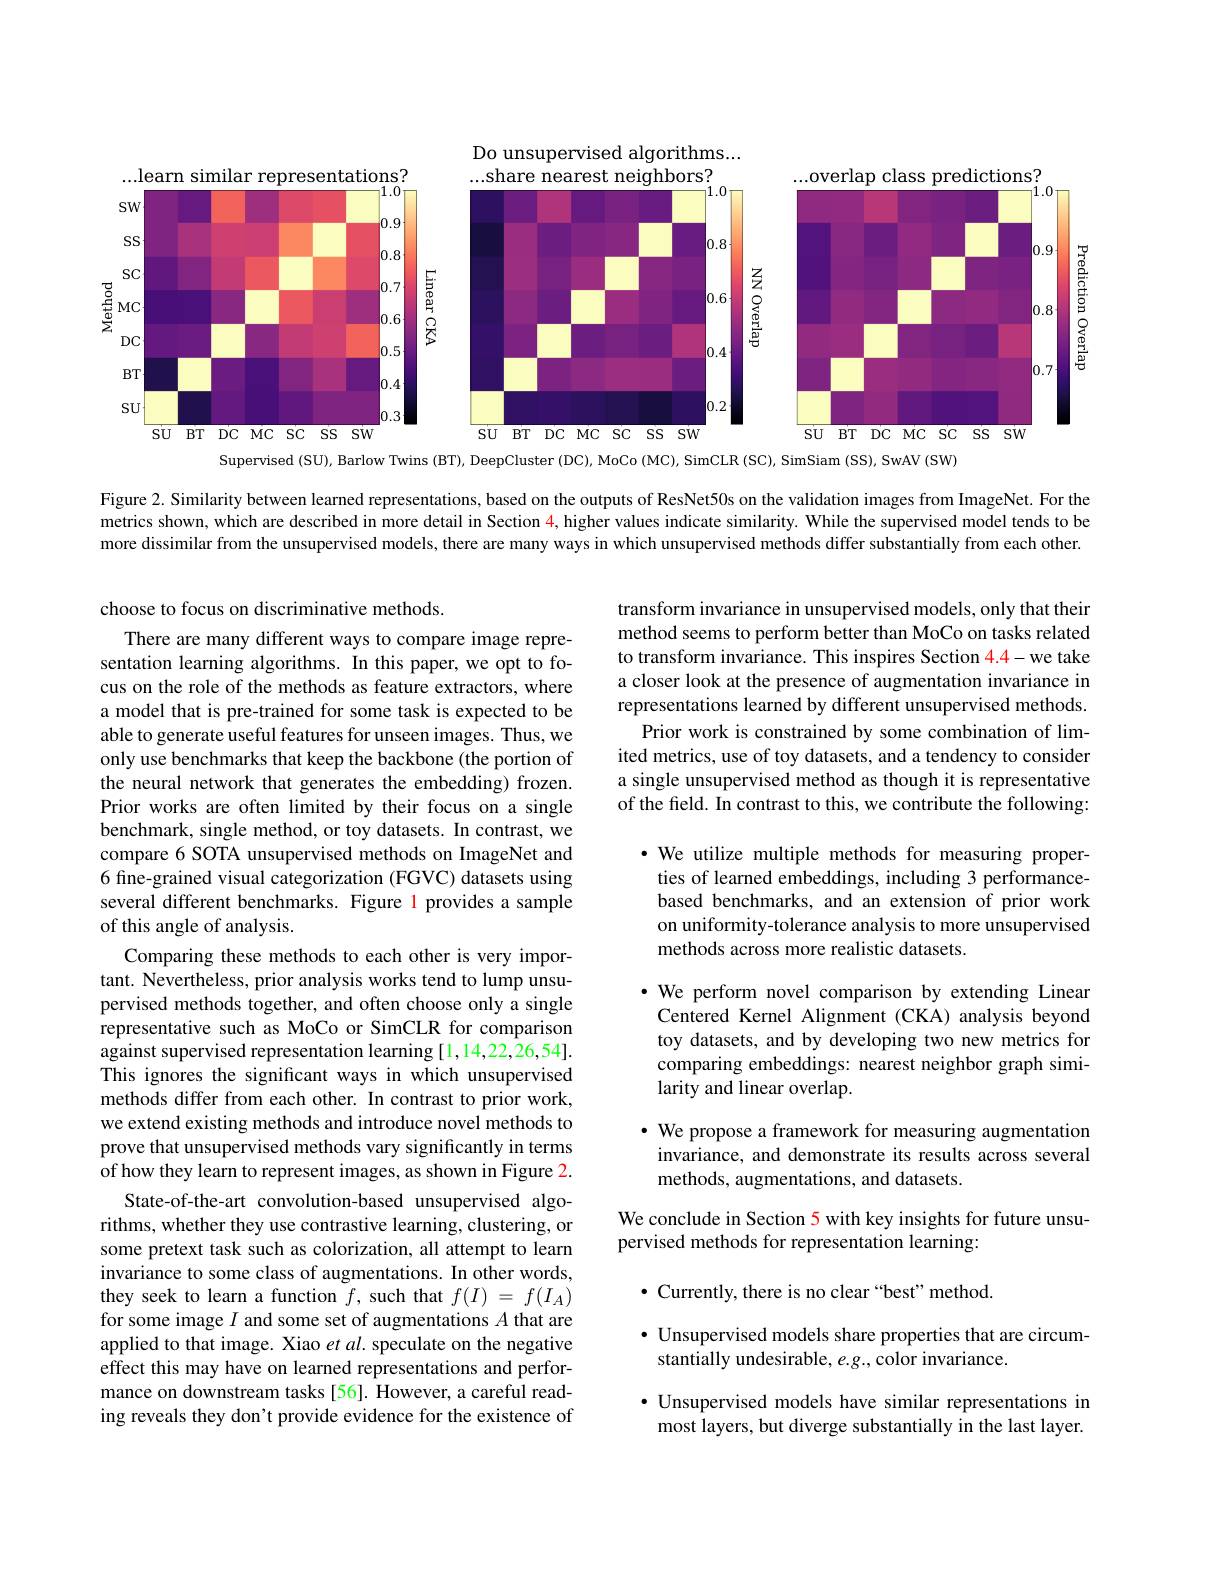
Do unsupervised algorithms...
<FigureHere>

Supervised (SU), Barlow Twins (BT), DeepCluster (DC), MoCo (MC), SimCLR (SC), SimSiam (SS), SwAV (SW)

Figure 2. Similarity between learned representations, based on the outputs of ResNet50s on the validation images from ImageNet. For the metrics shown, which are described in more detail in Section $\color{red}{4}$,higher values indicate similarity. While the supervised model tends to be more dissimilar from the unsupervised models, there are many ways in which unsupervised methods differ substantially from each other.

choose to focus on discriminative methods.
There are many different ways to compare image representation learning algorithms. In this paper, we opt to focus on the role of the methods as feature extractors, where a model that is pre-trained for some task is expected to be able to generate useful features for unseen images. Thus, we only use benchmarks that keep the backbone (the portion of the neural network that generates the embedding) frozen. Prior works are often limited by their focus on a single benchmark, single method, or toy datasets. In contrast, we compare 6 SOTA unsupervised methods on ImageNet and 6 fine-grained visual categorization (FGVC) datasets using several different benchmarks. Figure l provides a sample of this angle of analysis.
Comparing these methods to each other is very important. Nevertheless, prior analysis works tend to lump unsupervised methods together, and often choose only a single representative such as MoCo or SimCLR for comparison against supervised representation learning [1,14,22,26,54]. This ignores the significant ways in which unsupervised methods differ from each other. In contrast to prior work, we extend existing methods and introduce novel methods to prove that unsupervised methods vary significantly in terms of how they learn to represent images, as shown in Figure 2.
State-of-the-art convolution-based unsupervised algorithms, whether they use contrastive learning, clustering, or some pretext task such as colorization, all attempt to learn invariance to some class of augmentations. In other words, they seek to learn a function $f$, such that $f(I)=f(I_A)$ for some image $I$ and some set of augmentations $A$ that are applied to that image. Xiao $et\textit{al. speculate on the negative}$ effect this may have on learned representations and performance on downstream tasks [56]. However, a careful reading reveals they don't provide evidence for the existence of

transform invariance in unsupervised models, only that their method seems to perform better than MoCo on tasks related to transform invariance. This inspires Section 4.4-we take a closer look at the presence of augmentation invariance in representations learned by different unsupervised methods.
Prior work is constrained by some combination of limited metrics, use of toy datasets, and a tendency to consider a single unsupervised method as though it is representative of the field. In contrast to this, we contribute the following:

·We utilize multiple methods for measuring properties of learned embeddings, including 3 performancebased benchmarks, and an extension of prior work on uniformity-tolerance analysis to more unsupervised methods across more realistic datasets.

$\cdot$ We perform novel comparison by extending Linear Centered Kernel Alignment (CKA) analysis beyond toy datasets, and by developing two new metrics for comparing embeddings: nearest neighbor graph similarity and linear overlap.

· We propose a framework for measuring augmentation invariance, and demonstrate its results across several methods, augmentations, and datasets.

## We conclude in Section 5 with key insights for future unsupervised methods for representation learning:

$\bullet$ Currently, there is no clear“best”method.

$\bullet$ Unsupervised models share properties that are circum-
stantially undesirable, e.g., color invariance.

$\bullet$ Unsupervised models have similar representations in most layers, but diverge substantially in the last layer.